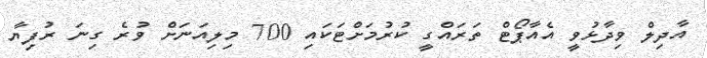
އާދިލް ވިދާޅުވީ އެއާޕޯޓް ތަރައްގީ ކުރުމަށްޓަކައި 700 މިލިއަނަށް ވުރެ ގިނަ ރުފިޔާ